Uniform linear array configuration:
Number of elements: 24
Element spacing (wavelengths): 0.5
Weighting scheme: hann
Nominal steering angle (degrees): -60
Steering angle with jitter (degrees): -60.995
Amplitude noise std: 0.05
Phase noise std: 0.05

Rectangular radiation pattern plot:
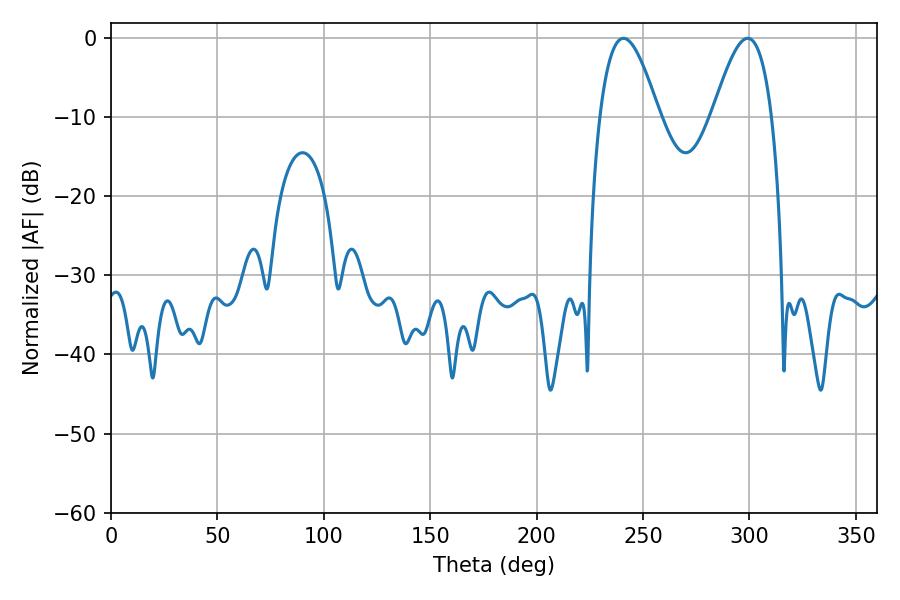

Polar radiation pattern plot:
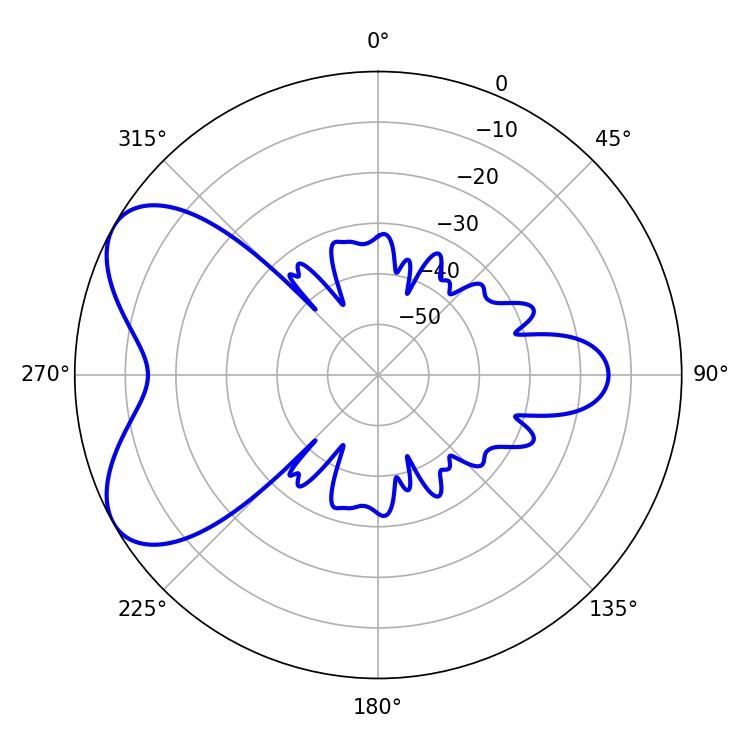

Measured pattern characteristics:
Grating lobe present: FALSE
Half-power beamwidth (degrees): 15.12
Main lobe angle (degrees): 240.84